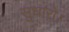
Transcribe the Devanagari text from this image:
सुधारो।